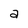
Character: a